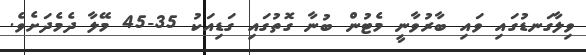
ވިލާގަނޑުގައި ވައި ބާރުވާނީ މެޓުން ބުނާ ގޮތުގައި ގަޑިއަކު 35-45 މޭލާ ދެމެދަށެވެ.